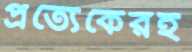
প্রত্যেকেরই